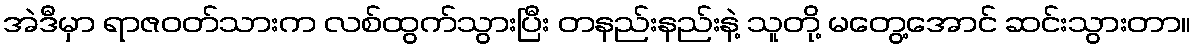
အဲဒီမှာ ရာဇဝတ်သားက လစ်ထွက်သွားပြီး တနည်းနည်းနဲ့ သူတို့ မတွေ့အောင် ဆင်းသွားတာ။